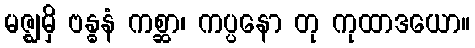
မဇ္ဈမှိ ဗန္ဓနံ ကစ္ဆာ၊ ကပ္ပနော တု ကုထာဒယော။